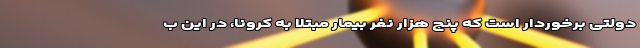
دولتی برخوردار است که پنج هزار نفر بیمار مبتلا به کرونا، در این ب